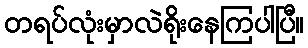
တရပ်လုံးမှာလဲရိုးနေကြပါပြီ။